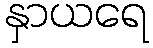
နှာယရေ